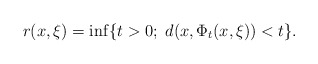
\begin{align*}r(x,\xi )=\inf\{t>0;\; d(x,\Phi_t(x,\xi ))<t\}.\end{align*}